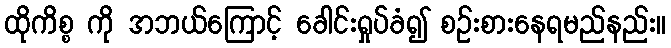
ထိုကိစ္စ ကို အဘယ်ကြောင့် ခေါင်းရှုပ်ခံ၍ စဉ်းစားနေရမည်နည်း။